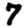
Digit: 7